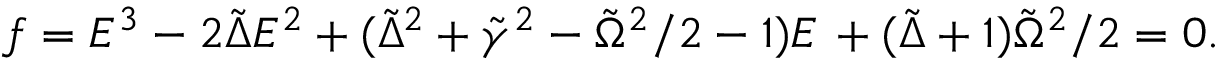
f = E ^ { 3 } - 2 \tilde { \Delta } E ^ { 2 } + ( \tilde { \Delta } ^ { 2 } + \tilde { \gamma } ^ { 2 } - \tilde { \Omega } ^ { 2 } / 2 - 1 ) E \, + ( \tilde { \Delta } + 1 ) \tilde { \Omega } ^ { 2 } / 2 = 0 .